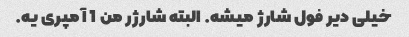
خیلی دیر فول شارژ میشه. البته شارژر من 1 آمپری یه.